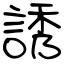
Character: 誘